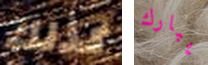
كذلك يبارك